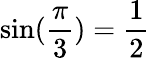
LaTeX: \sin(\frac{\pi}{3})=\frac{1}{2}